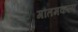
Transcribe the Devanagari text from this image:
गौतमकल्प